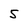
Character: 5